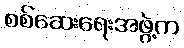
စစ်ဆေးရေးအဖွဲ့က